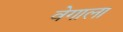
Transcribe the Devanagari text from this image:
वेगाला